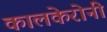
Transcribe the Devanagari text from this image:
कालकेरोनी